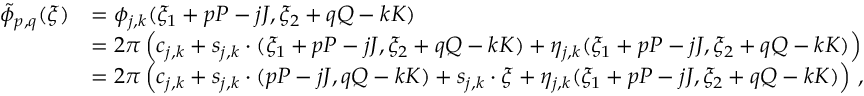
\begin{array} { r l } { \tilde { \phi } _ { p , q } ( \boldsymbol { \xi } ) } & { = \phi _ { j , k } ( \xi _ { 1 } + p P - j J , \xi _ { 2 } + q Q - k K ) } \\ & { = 2 \pi \left( c _ { j , k } + \boldsymbol { s } _ { j , k } \cdot ( \xi _ { 1 } + p P - j J , \xi _ { 2 } + q Q - k K ) + \eta _ { j , k } ( \xi _ { 1 } + p P - j J , \xi _ { 2 } + q Q - k K ) \right) } \\ & { = 2 \pi \left( c _ { j , k } + \boldsymbol { s } _ { j , k } \cdot ( p P - j J , q Q - k K ) + \boldsymbol { s } _ { j , k } \cdot \boldsymbol { \xi } + \eta _ { j , k } ( \xi _ { 1 } + p P - j J , \xi _ { 2 } + q Q - k K ) \right) \, , } \end{array}